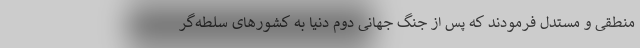
منطقی و مستدل فرمودند که پس از جنگ جهانی دوم دنیا به کشور‌های سلطه‌گر